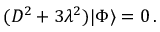
( { \cal D } ^ { 2 } + 3 \lambda ^ { 2 } ) | \Phi \rangle = 0 \, .